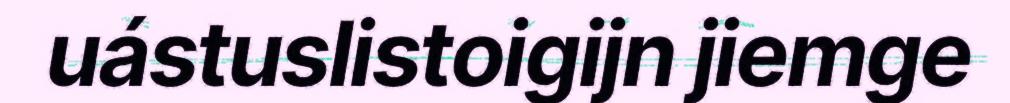
uástuslistoigijn jiemge